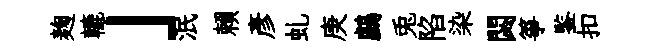
麹轆」泯賴彥虬庚鸕兎陷染閟箏鍳扣